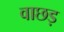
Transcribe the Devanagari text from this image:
वाछड़